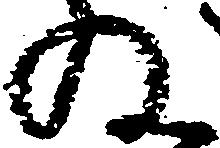
ね